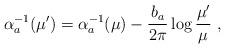
LaTeX: \begin{align*} \alpha^{-1}_a (\mu^\prime) = \alpha^{-1}_a (\mu) -{b_a\over 2\pi}\log {\mu^\prime\over\mu}~,\end{align*}